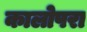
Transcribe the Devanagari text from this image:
कालोपरा